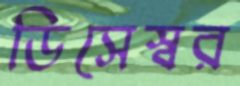
ডিসেস্বর